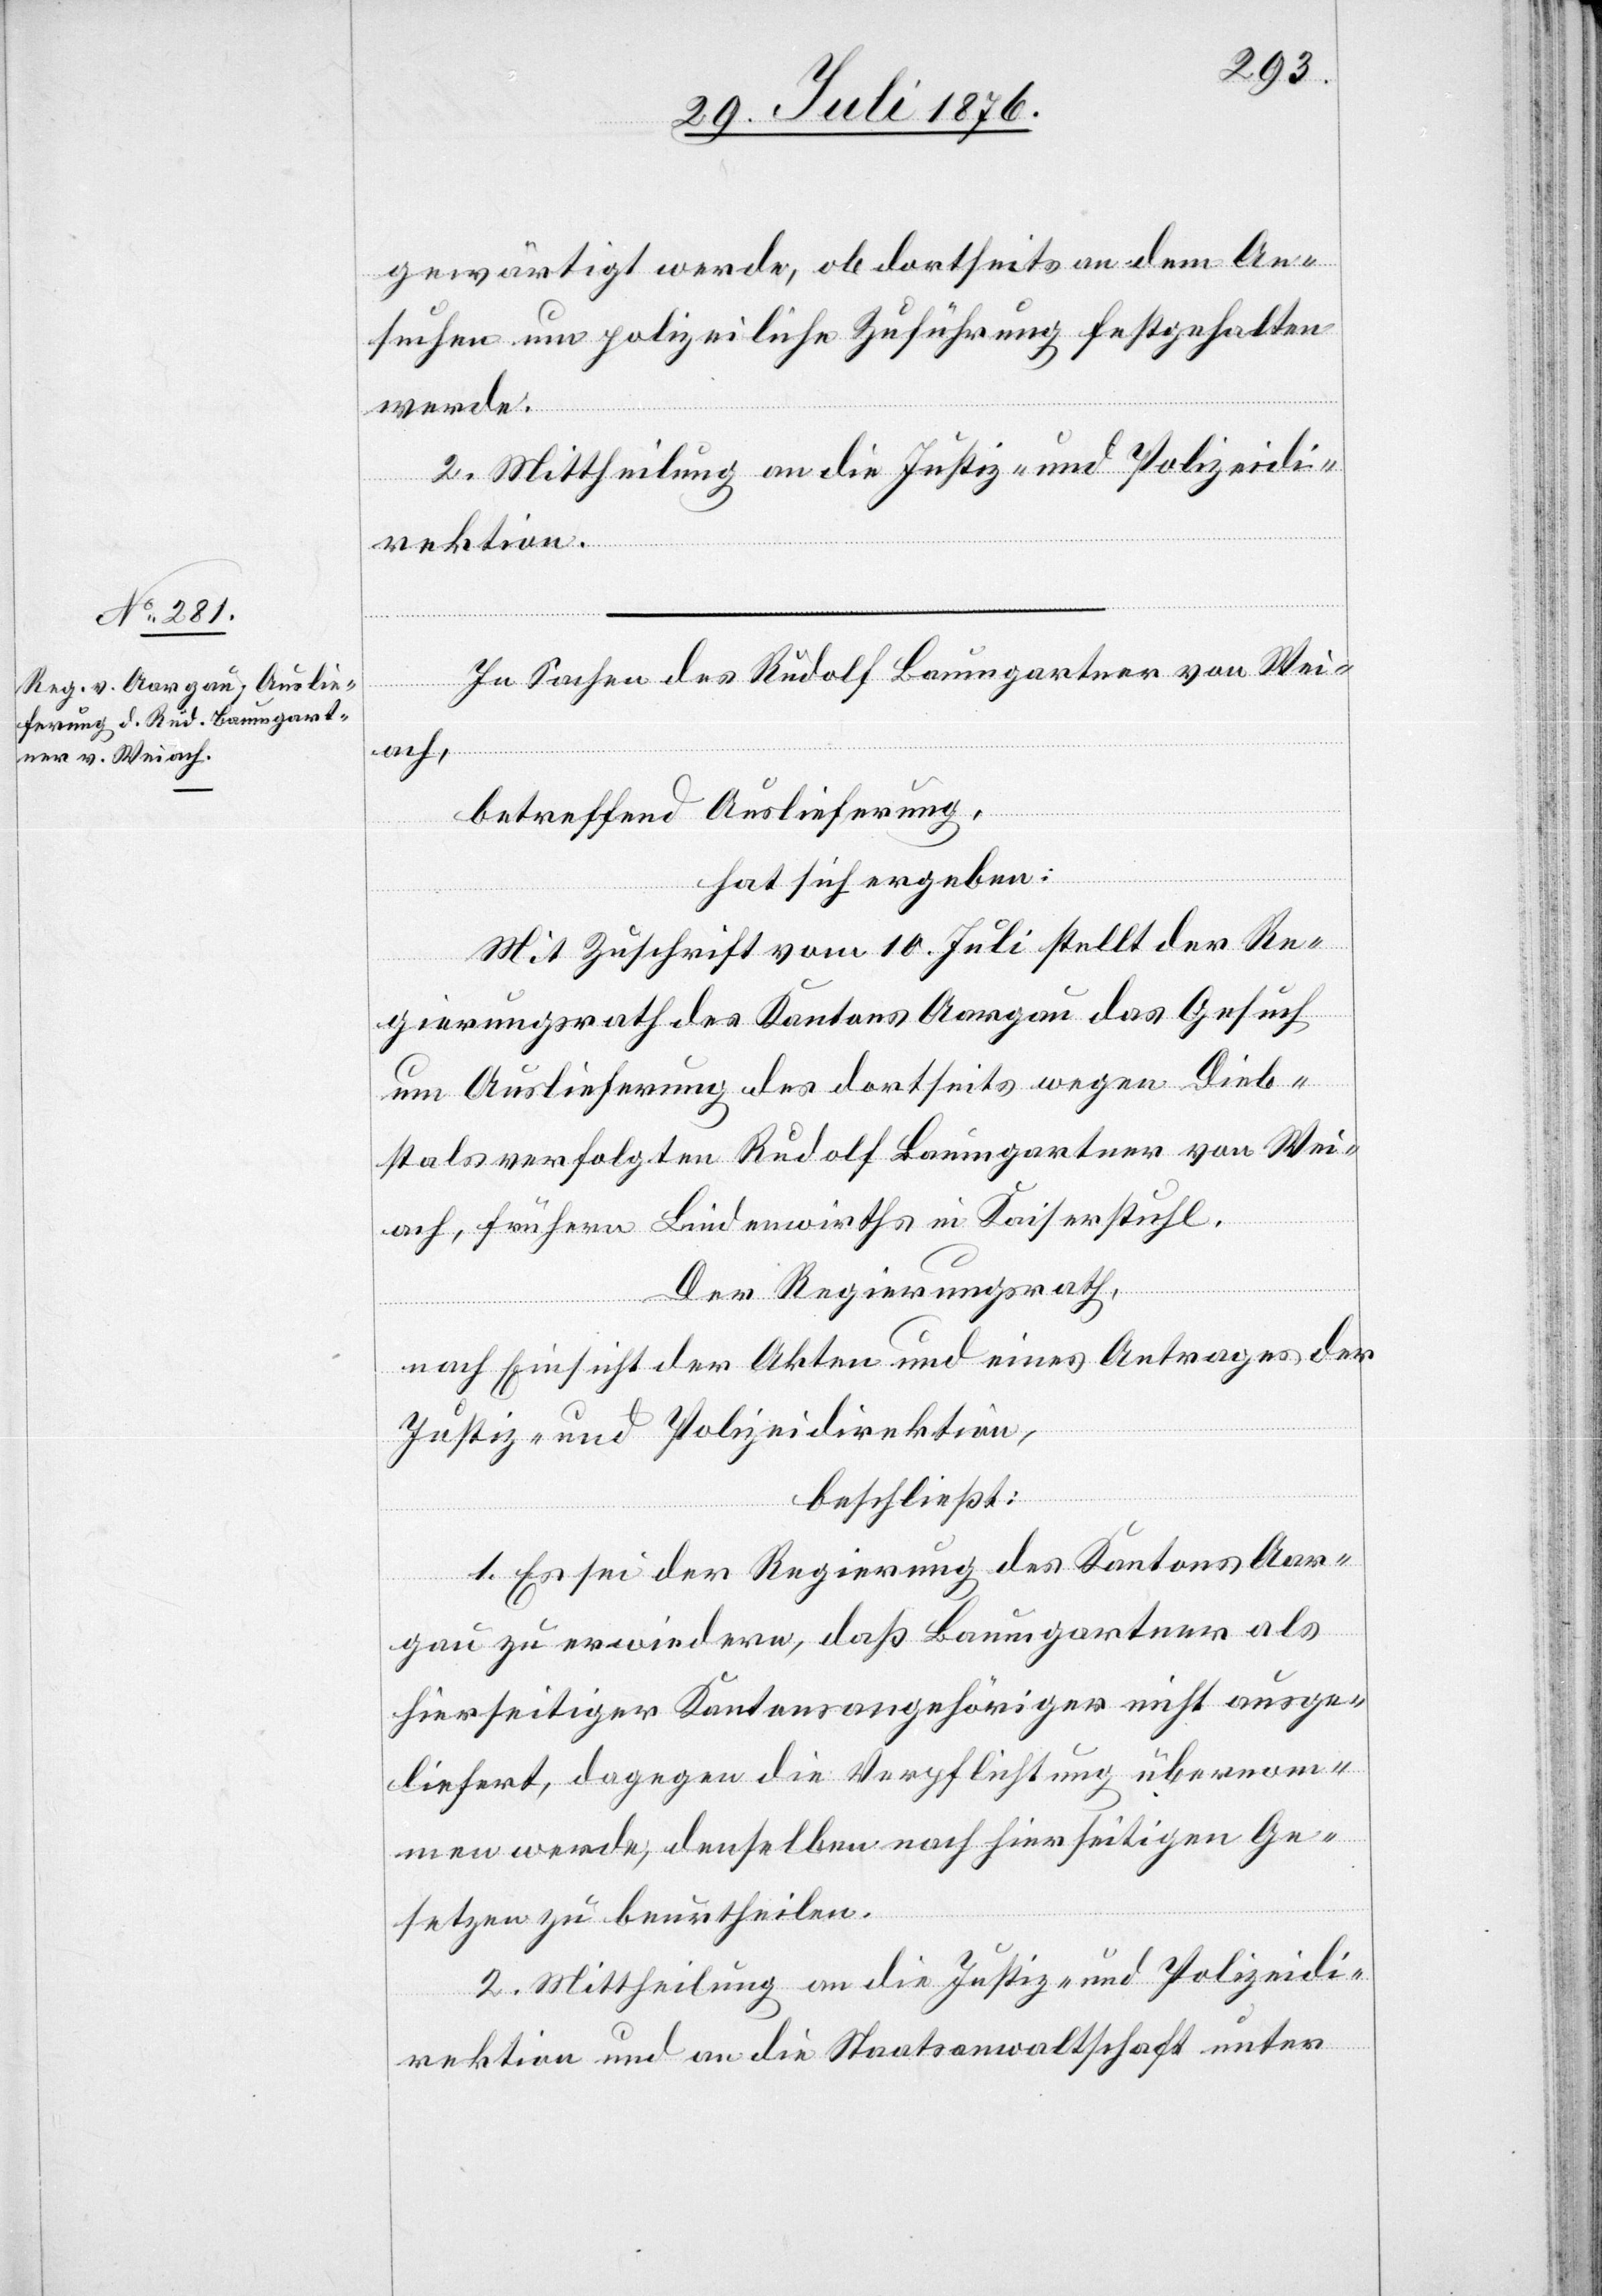
gewärtigt werde, ob dortseits an dem An¬
suchen um polizeiliche Zuführung festgehalten
werde.
2. Mittheilung an die Justiz- und Polizeidi¬
rektion.
In Sachen des Rudolf Baumgartner von Wei¬
ach,
betreffend Auslieferung,
hat sich ergeben:
Mit Zuschrift vom 10. Juli stellt der Re¬
gierungsrath des Kantons Aargau das Gesuch
um Auslieferung des dortseits wegen Dieb¬
stals verfolgten Rudolf Baumgartner von Wei¬
ach, frühern Lindenwirths in Kaiserstuhl.
Der Regierungsrath,
nach Einsicht der Akten und eines Antrages der
Justiz- und Polizeidirektion,
beschließt:
1. Es sei der Regierung des Kantons Aar¬
gau zu erwiedern, daß Baumgartner als
hierseitiger Kantonsangehöriger nicht ausge¬
liefert, dagegen die Verpflichtung übernom¬
men werde, denselben nach hierseitigen Ge¬
setzen zu beurtheilen.
2. Mittheilung an die Justiz- und Polizeidi¬
rektion und an die Staatsanwaltschaft unter